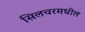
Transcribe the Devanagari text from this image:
सिलचरमधील